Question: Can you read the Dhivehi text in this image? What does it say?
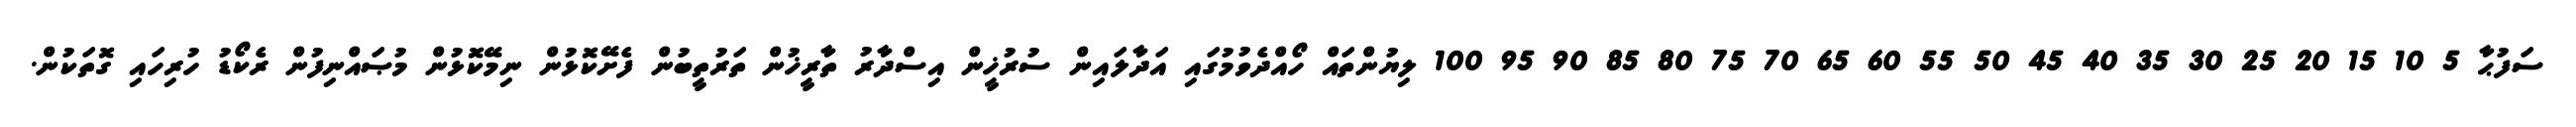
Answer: ސަފުޙާ 5 10 15 20 25 30 35 40 45 50 55 60 65 70 75 80 85 90 95 100 ލިޔުންތައް ހޯއްދެވުމުގައި އަދާލައިން ސުރުޚީން އިސްދާރު ތާރީޚުން ތަރުތީބުން ފެށޭކޮޅުން ނިމޭކޮޅުން މުޞައްނިފުން ރެކޯޑު ހުރިހައި ގޮތަކުން.